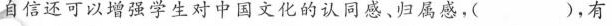
自信还可以增强学生对中国文化的认同感、归属感。( )，有